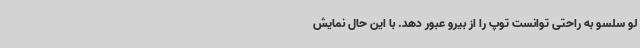
لو سلسو به راحتی توانست توپ را از بیرو عبور دهد. با این حال نمایش